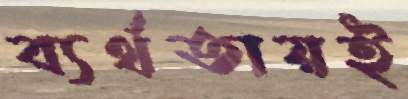
ব্যর্থতায়ই